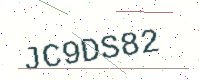
Text: JC9DS82